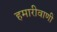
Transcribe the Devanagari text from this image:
हमारीवाणी